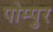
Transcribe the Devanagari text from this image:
पोम्पुर